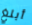
أبلغ